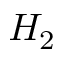
H _ { 2 }